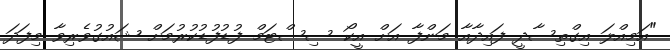
"އަމިއްލަ އިގްތިސާދީ ފައިދާއާ މަންފާ އަށް އީކޯ ސިސްޓަމް ފުޑުފުޑުކުރުމަށް ޝައުގުވެރިވާ މިފަދަ